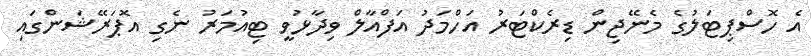
އެ ހޮސްޕިޓަލުގެ މެނޭޖިން ޑިރެކްޓަރު އަހްމަދު އަފްއާލް ވިދާޅުވީ ޓިއުމަރު ނެގި އޮޕަރޭޝަންގައި